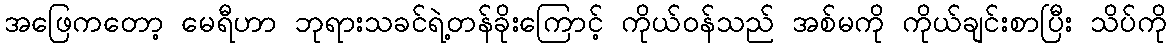
အဖြေကတော့ မေရီဟာ ဘုရားသခင်ရဲ့တန်ခိုးကြောင့် ကိုယ်ဝန်သည် အစ်မကို ကိုယ်ချင်းစာပြီး သိပ်ကို